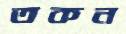
তকন